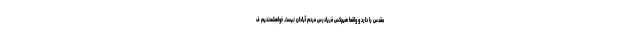
مقدس را دارد و واقعا هیچکس فریادرس مردم آبادان نیست. خواهشمندیم ف